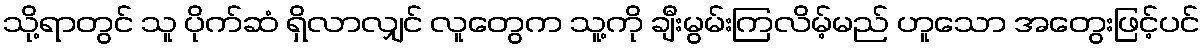
သို့ရာတွင် သူ ပိုက်ဆံ ရှိလာလျှင် လူတွေက သူ့ကို ချီးမွမ်းကြလိမ့်မည် ဟူသော အတွေးဖြင့်ပင်